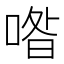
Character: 喒